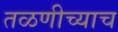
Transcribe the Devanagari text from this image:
तळणीच्याच